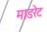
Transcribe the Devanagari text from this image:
माडरेट